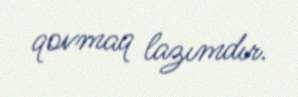
qovmaq lazımdır.